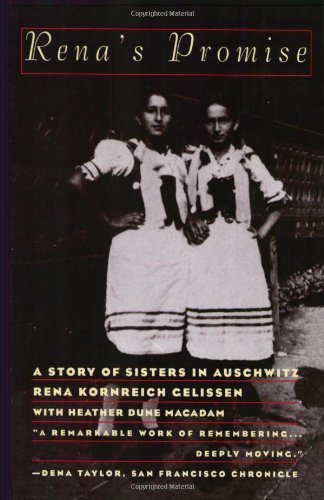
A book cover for Rena's Promise:  A Story of Sisters in Auschwitz; Rena Kornreich Gelissen; Biographies & Memoirs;